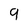
Character: 9